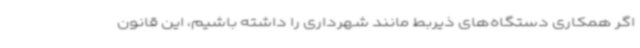
اگر همکاری دستگاه‌های ذیربط مانند شهرداری را داشته باشیم، این قانون